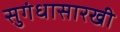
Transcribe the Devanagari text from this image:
सुगंधासारखी